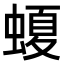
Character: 𧏡